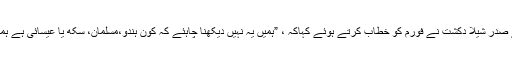
دریں اثناء دہلی کی سابق وزیر اعلیٰ اور دہلی کانگریس کے صدر شیلا دکشت نے فورم کو خطاب کرتے ہوئے کہاکہ ، ”ہمیں یہ نہیں دیکھنا چاہئے کہ کون ہندو،مسلمان، سکھ یا عیسائی ہے ہمیں انسانیت کی بنیاد پر لوگوں کے ساتھ معاملہ کرنا چاہئے۔